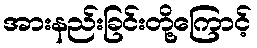
အားနည်းခြင်းတို့ကြောင့်